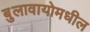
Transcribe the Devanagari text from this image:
बुलावायोमधील